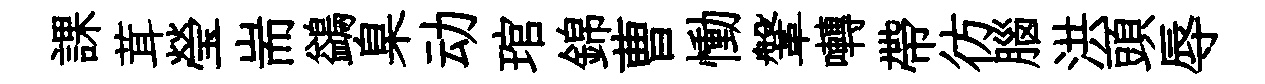
課茸瑩耑鷁臬动琯錦曹慟鞶囀帶彷腦洪頭辱